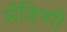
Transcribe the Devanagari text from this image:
सेविन्गी